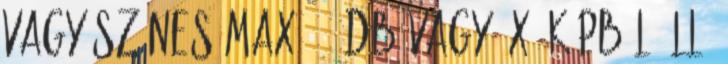
vagy színes max. 12 db vagy 2x6 képből álló